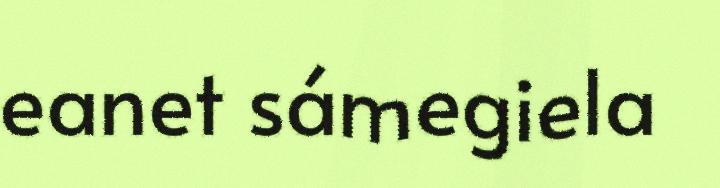
eanet sámegiela